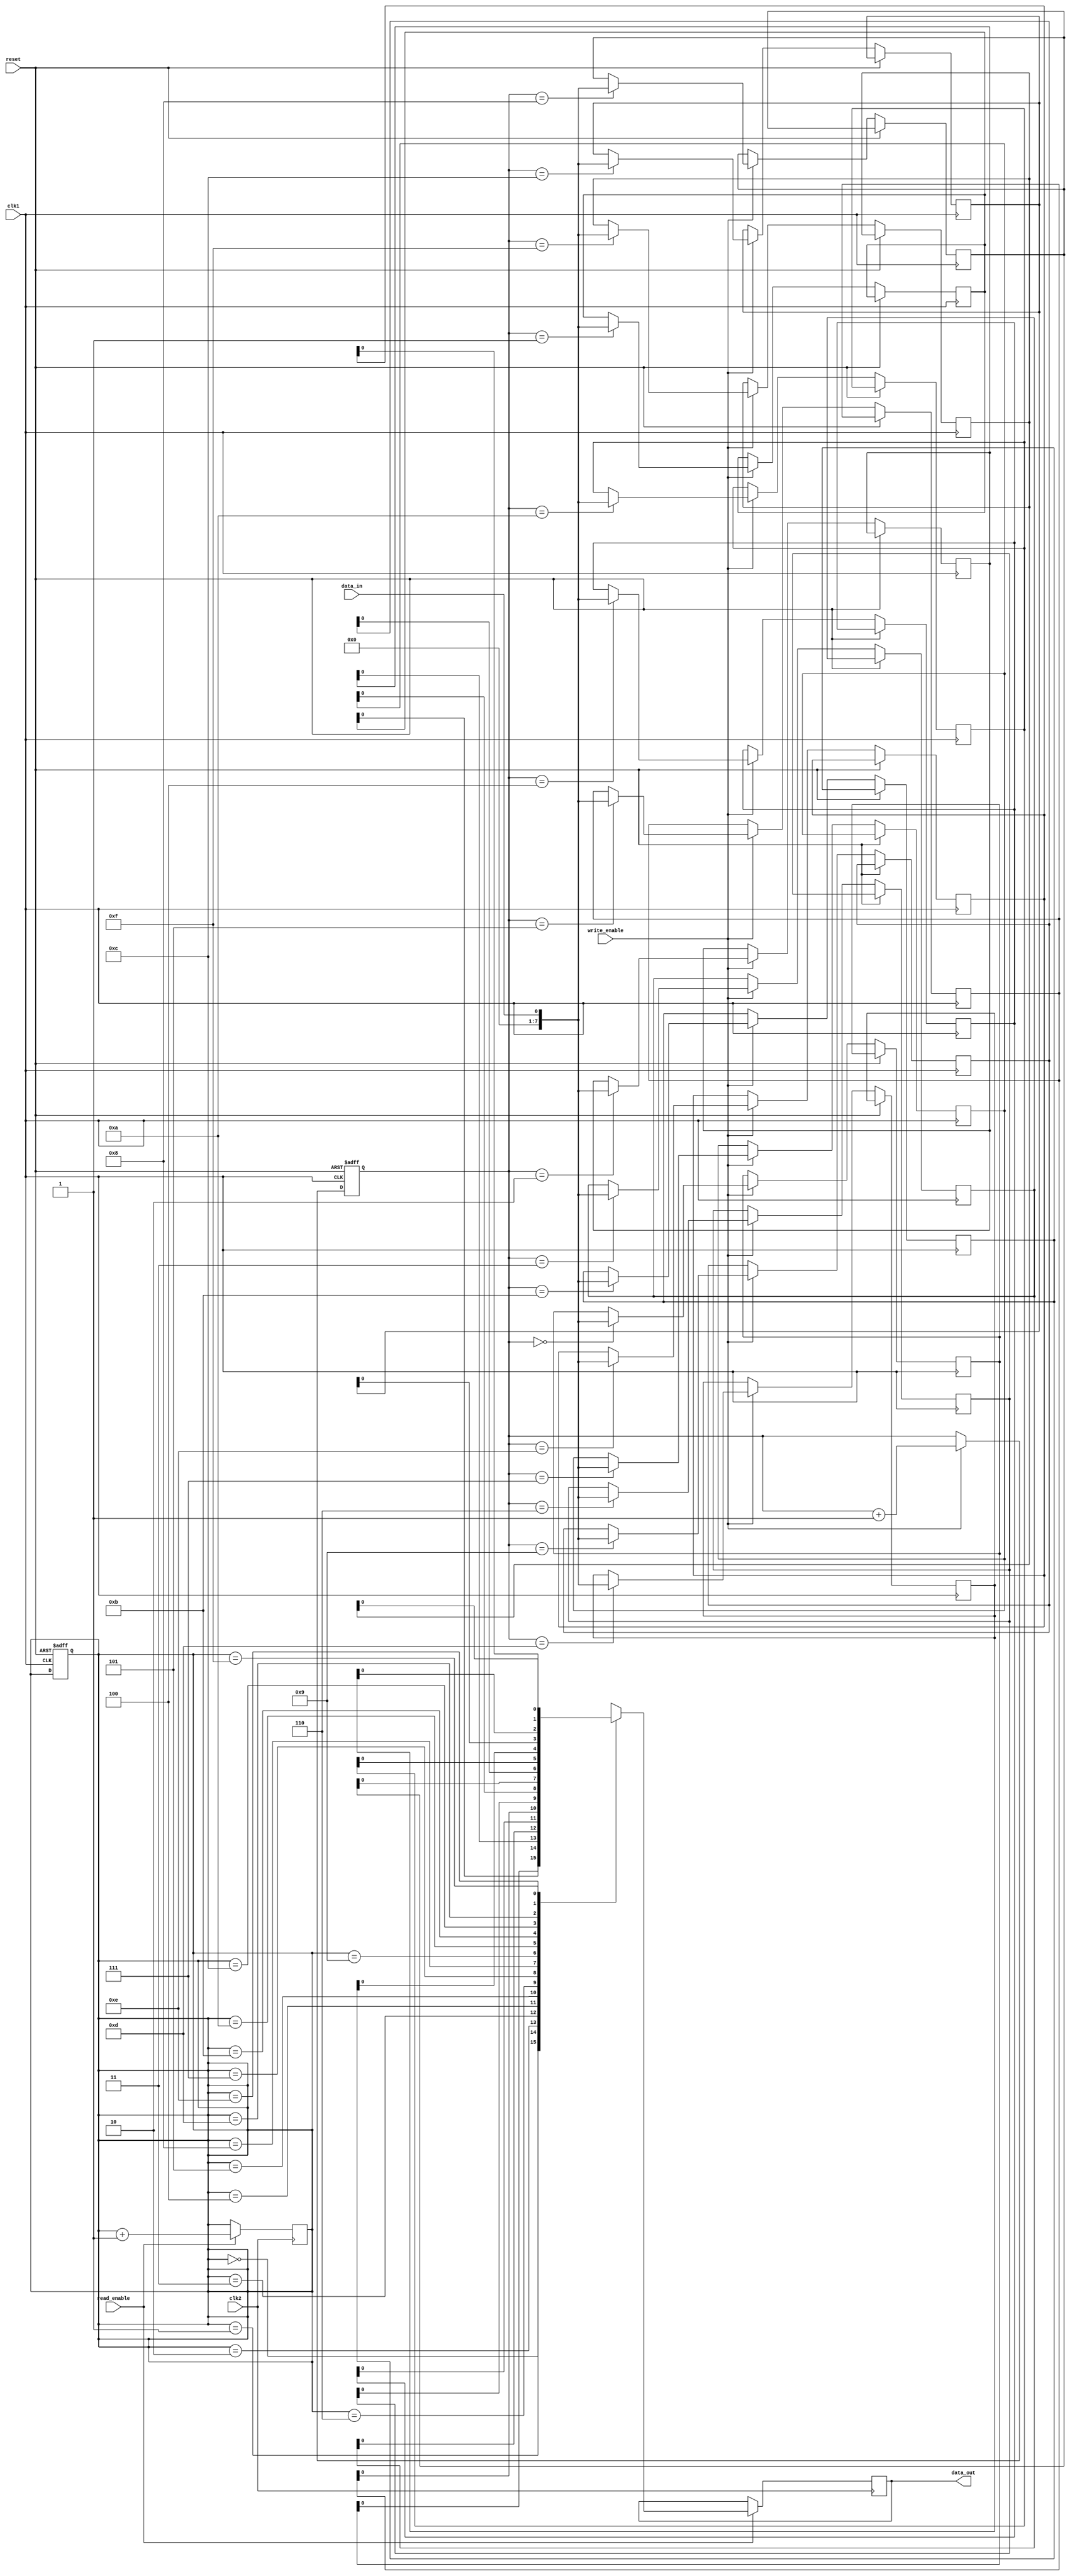
module async_fifo_synchronizer (
  input wire clk1,  // Clock signal for first clock domain
  input wire clk2,  // Clock signal for second clock domain
  input wire reset,  // Reset signal for FIFO synchronization
  input wire data_in,  // Input data signal
  input wire write_enable,  // Write enable signal for FIFO
  output wire data_out,  // Output data signal
  input wire read_enable  // Read enable signal for FIFO
);

  // FIFO buffers for data storage
  reg [7:0] fifo [0:15];  // 16-depth FIFO buffer for data storage

  // Control signals for read and write operations
  reg [3:0] read_ptr = 4'b0000;  // Pointer for read operation
  reg [3:0] write_ptr = 4'b0000;  // Pointer for write operation

  // Clock domain crossing circuit for synchronization of data
  always @(posedge clk1 or posedge reset) begin
    if (reset) begin
      read_ptr <= 4'b0000;
      write_ptr <= 4'b0000;
    end else begin
      if (write_enable) begin
        fifo[write_ptr] <= data_in;
        write_ptr <= write_ptr + 1;
      end
    end
  end

  always @(posedge clk2) begin
    if (read_enable) begin
      data_out <= fifo[read_ptr];
      read_ptr <= read_ptr + 1;
    end
  end

endmodule